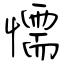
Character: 懦